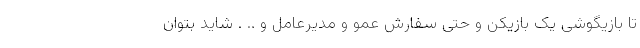
تا بازیگوشی یک بازیکن و حتی سفارش عمو و مدیرعامل و .. . شاید بتوان